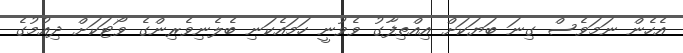
އެހެން ނަމަވެސް ގިނަ ބަޔަކަށް އިއްތިފާގު ވެވުނީ ހަމައެކަނި ބެލެނިވެރިންގެ ވޯޓަކަށް ދިއުމުގެ